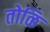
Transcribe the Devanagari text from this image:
तोळि